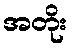
အတိုး